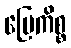
မြေကိစ္စ